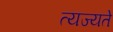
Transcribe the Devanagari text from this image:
त्यज्यते